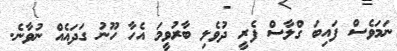
ނަމަވެސް ފައިބަ ގްލާސް ފެރީ ދުވެލި ބާރުވީމަ އެހާ ހޫނު ގަދައެއް ނުވާނެ.